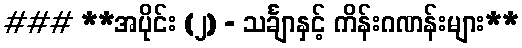
### **အပိုင်း (၂) - သင်္ချာနှင့် ကိန်းဂဏန်းများ**